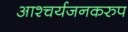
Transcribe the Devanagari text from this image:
आश्चर्यजनकरुप